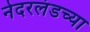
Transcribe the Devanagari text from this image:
नेदरलंडच्या